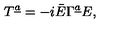
T ^ { \underline { a } } = - i \bar { E } \Gamma ^ { \underline { a } } E ,